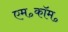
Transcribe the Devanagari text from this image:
एम॰कॉम॰